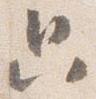
只